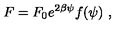
F = F _ { 0 } e ^ { 2 \beta \psi } f ( \psi ) \ ,